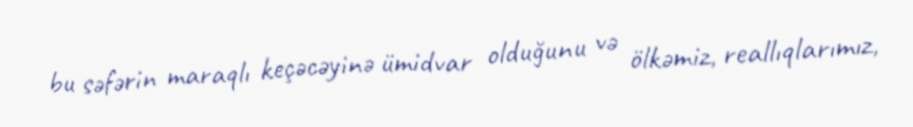
bu səfərin maraqlı keçəcəyinə ümidvar olduğunu və ölkəmiz, reallıqlarımız,